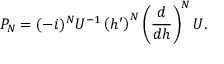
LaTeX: P _ { \cal N } = ( - i ) ^ { \cal N } U ^ { - 1 } \left( h ^ { \prime } \right) ^ { \cal N } \left( \frac { d } { d h } \right) ^ { \cal N } U .